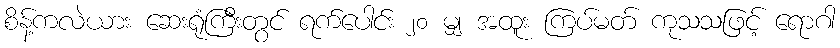
စိန့်ကလဲယား ဆေးရုံကြီးတွင် ရက်ပေါင်း ၂၀ မျှ အထူး ကြပ်မတ် ကုသသဖြင့် ရောဂါ